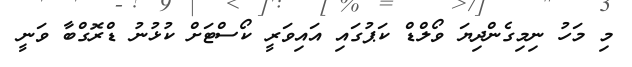
މި މަހު ނިމިގެންދިޔަ ވޯލްޑް ކަޕުގައި އައިވަރީ ކޯސްޓަށް ކުޅުނު ޑްރޮގްބާ ވަނީ